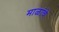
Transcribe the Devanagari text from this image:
माळांचे